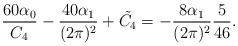
LaTeX: \begin{align*}\frac{60\alpha_{0}}{C_{4}}-\frac{40\alpha_{1}}{(2\pi)^{2}}+\tilde{C_{4}}=-\frac{8\alpha_{1}}{(2\pi)^{2}}\frac{5}{46}.\end{align*}